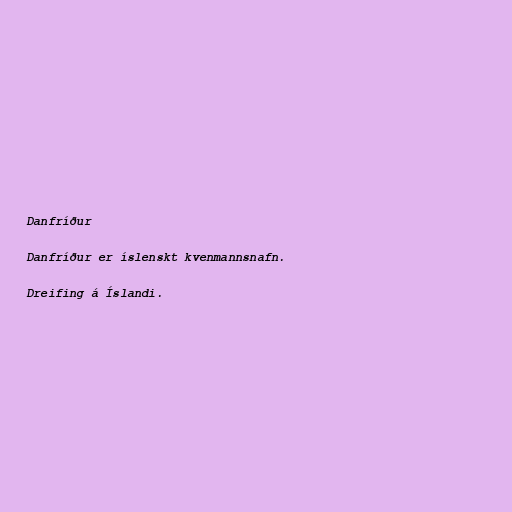
Danfríður

Danfríður er íslenskt kvenmannsnafn.

Dreifing á Íslandi.